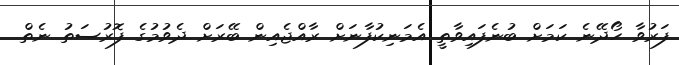
ފަރުވާ ހޯދޭނެ ކަމަށް ބުނެފައިވާތީ އެމަނިކުފާނަށް ރާއްޖެއިން ބޭރަށް ދެވުމުގެ ފޮރުސަތު ނެތް